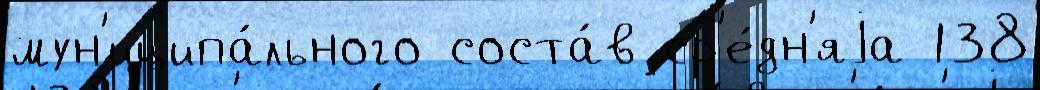
мун'иципа́льного соста́в ср'е́дн'яjа 138